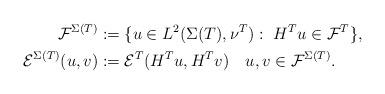
LaTeX: \begin{align*}{\cal F}^{\Sigma(T)}&:=\{u\in L^2(\Sigma(T),\nu^T):\ H^Tu\in \mathcal{F}^T\},\\{\cal E}^{\Sigma(T)}(u,v)&:={\cal E}^{T}(H^{T}u,H^{T}v)\ \ \ u,v\in{\cal F}^{\Sigma(T)}.\end{align*}